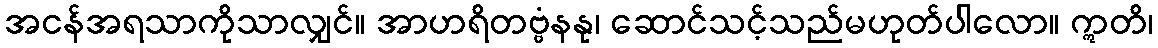
အငန်အရသာကိုသာလျှင်။ အာဟရိတဗ္ဗံနနု၊ ဆောင်သင့်သည်မဟုတ်ပါလော။ ဣတိ၊